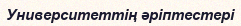
Университеттiң әрiптестерi